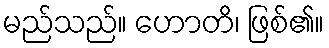
မည်သည်။ ဟောတိ၊ ဖြစ်၏။